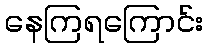
နေကြရကြောင်း